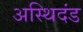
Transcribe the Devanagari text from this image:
अस्थिदंड